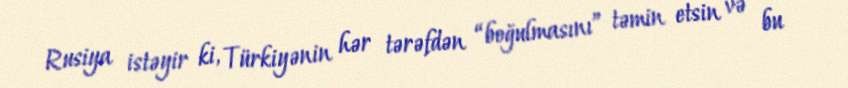
Rusiya istəyir ki, Türkiyənin hər tərəfdən “boğulmasını” təmin etsin və bu